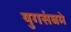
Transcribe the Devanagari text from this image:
युगसंघमे